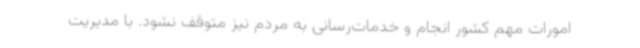
امورات مهم کشور انجام و خدمات‌رسانی به مردم نیز متوقف نشود. با مدیریت